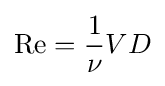
\mathrm {Re} ={\frac {1}{\nu }}VD